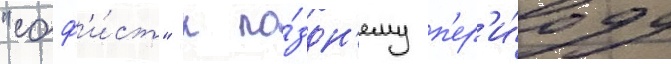
"соф'и́ст" к по́здн'ему п'ер'и́оду